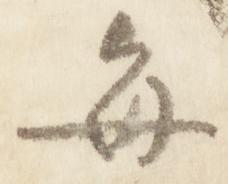
毎